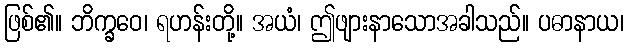
ဖြစ်၏။ ဘိက္ခဝေ၊ ရဟန်းတို့။ အယံ၊ ဤဖျားနာသောအခါသည်။ ပဓာနာယ၊